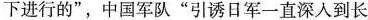
下进行的”，中国军队”引诱日军一直深入到长